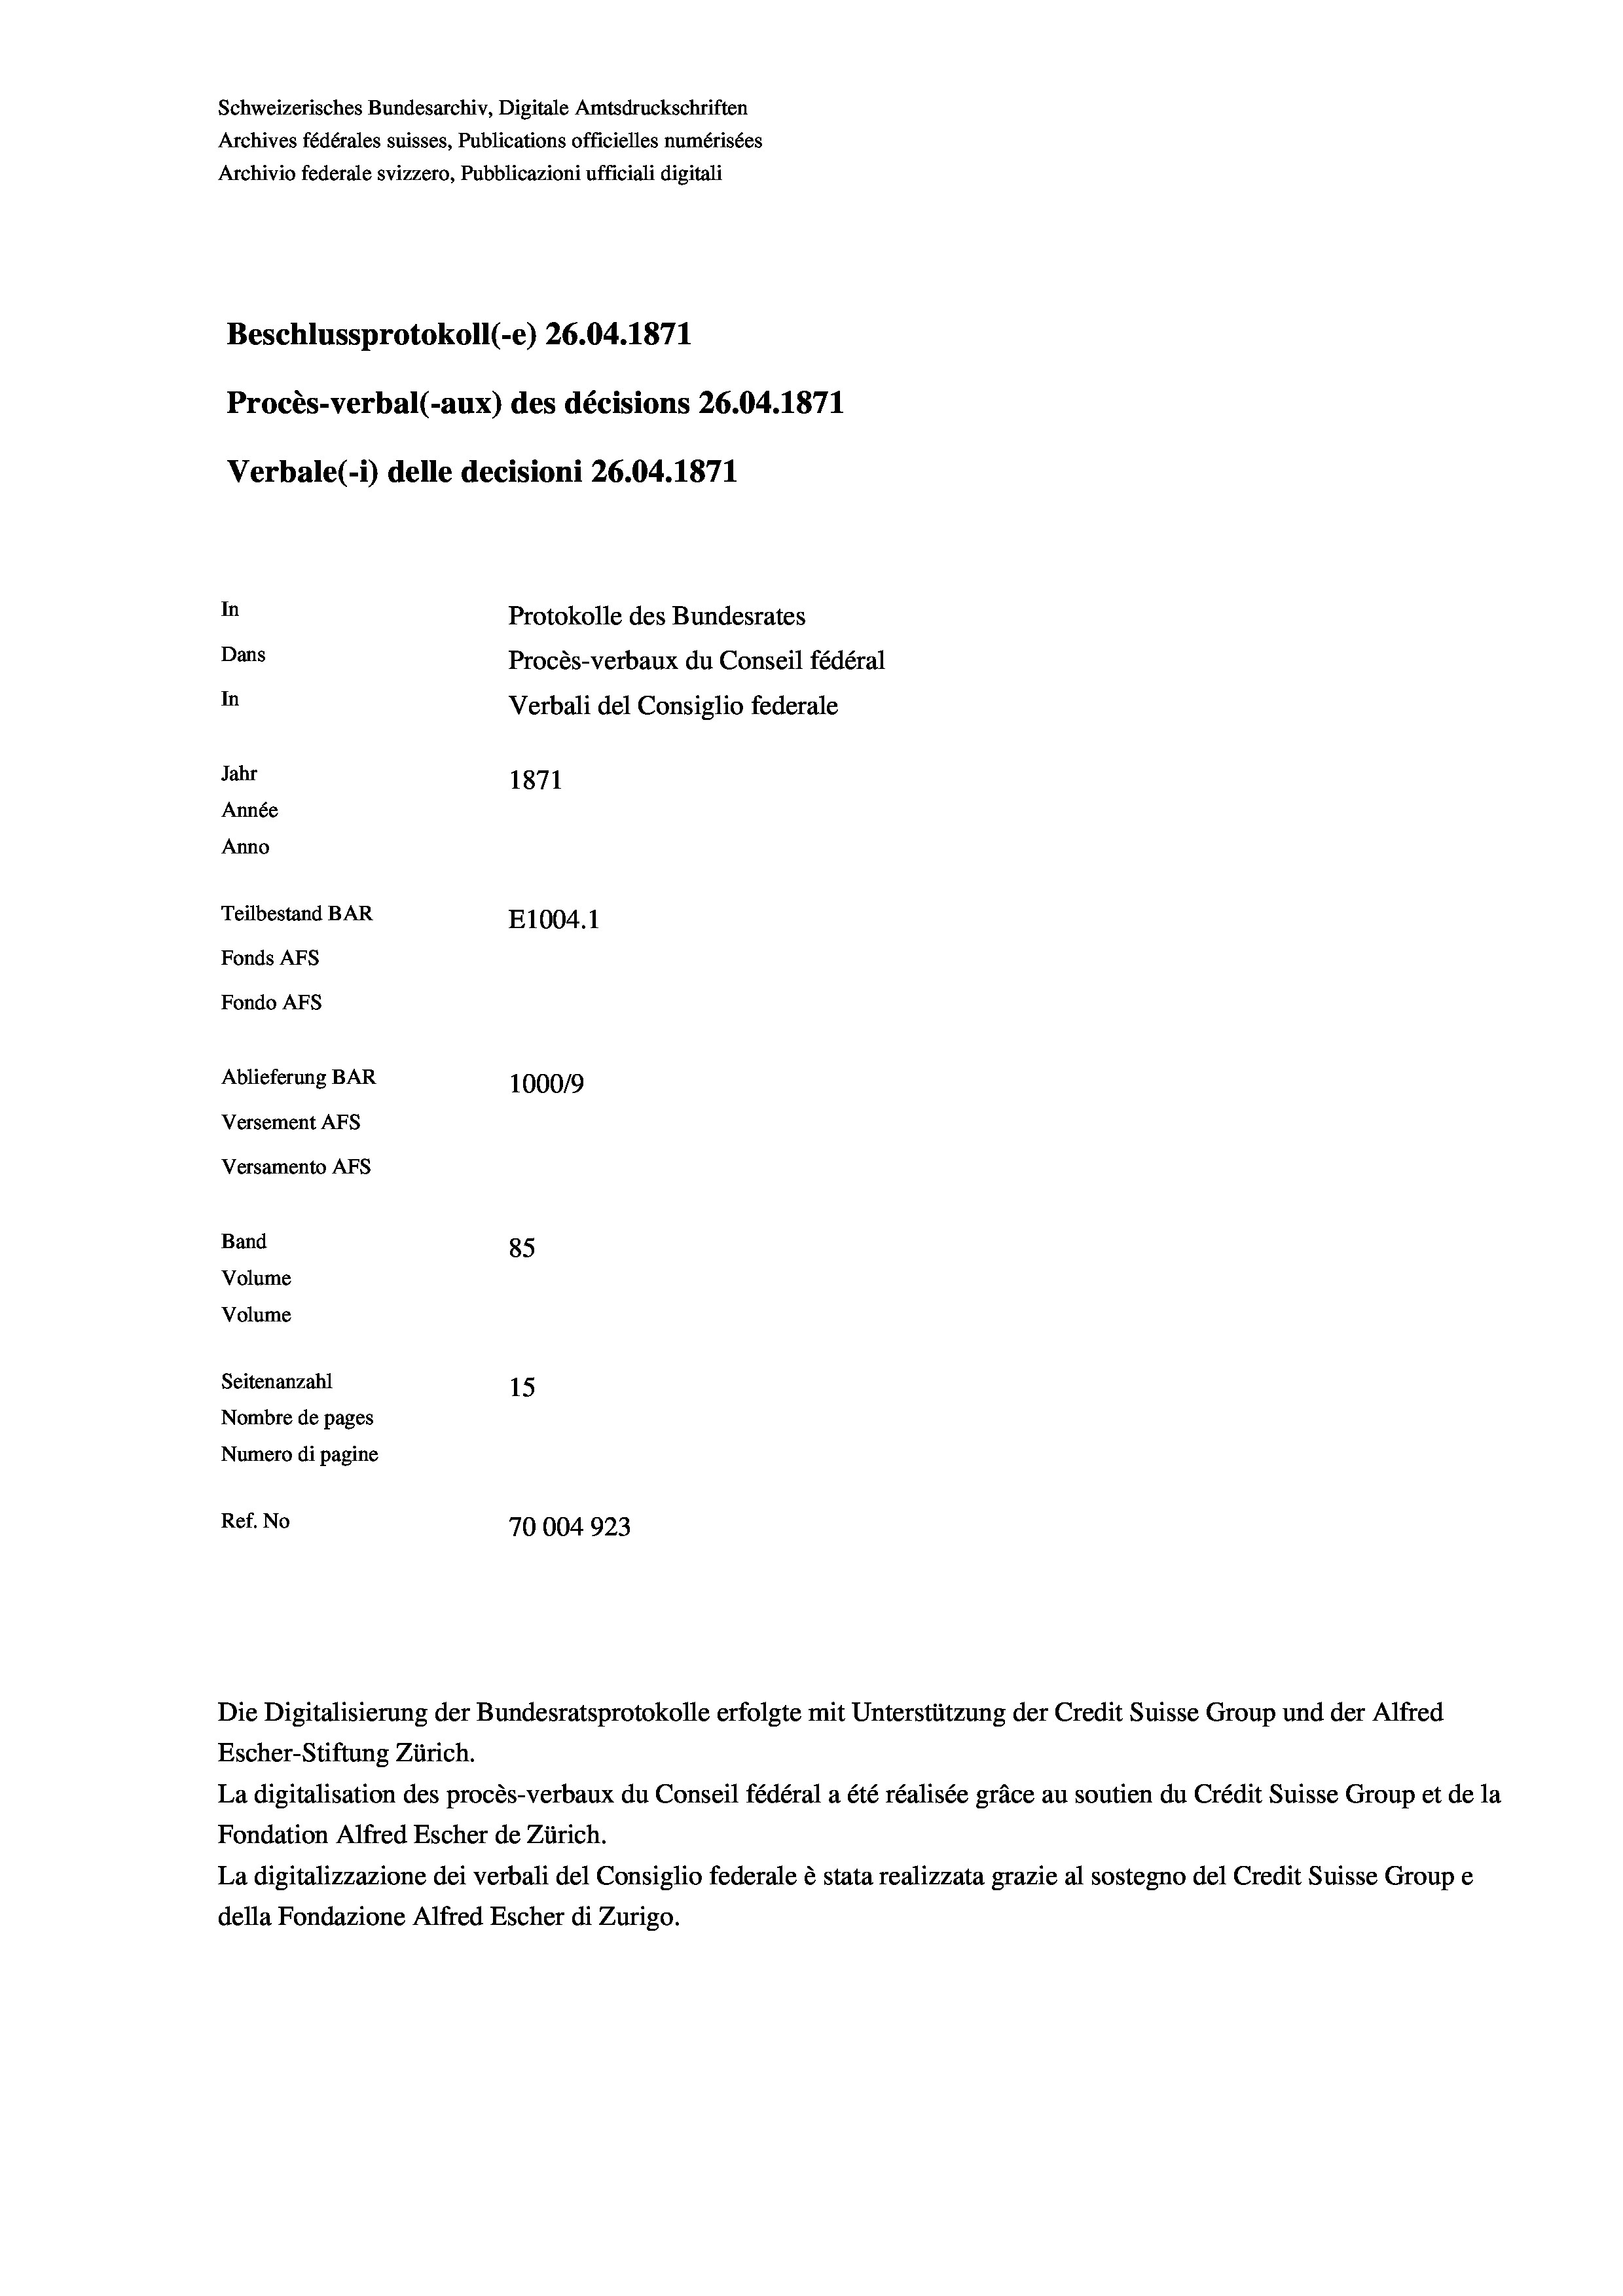
Schweizerisches Bundesarchiv, Digitale Amtsdruckschriften
Archives fédérales suisses, Publications officielles numérisées
Archivio federale svizzero, Pubblicazioni ufficiali digitali
Beschlussprotokoll (-e) 26.04. 1871
Procès-verbal (-aux) des décisions 26.04. 1871
Verbale (i) delle decisioni 26.04. 1871
In
Protokolle des Bundesrates
Dans
Procès-verbaux du Conseil fédéral
In
Verbali del Consiglio federale
Jahr
1871
Année
Anno
Teilbestand BAR
E1004.1
Fonds Afs
Fondo AFs
Ablieferung BAR
100019
Versement AFS
Versamento Afs

85
Seitenanzahl
15
Nombre de pages
Numero di pagine
Ref. No
70004923

Band
Volume
Volume

La digitalisation des procès-verbaux du Conseil fédéral a été réalisée gräce au soutien du Crédit Suisse Group et de la
Fondation Alfred Escher de Zürich.
La digitalizzazione dei verbali del Consiglio federale è stata realizzata grazie al sostegno del Credit Suisse Groupe
della Fondazione Alfred Escher di Zurigo.

Die Digitalisierung der Bundesratsprotokolle erfolgte mit Unterstützung der Credit Suisse Group und der Alfred
Escher-Stiftung Zürich.